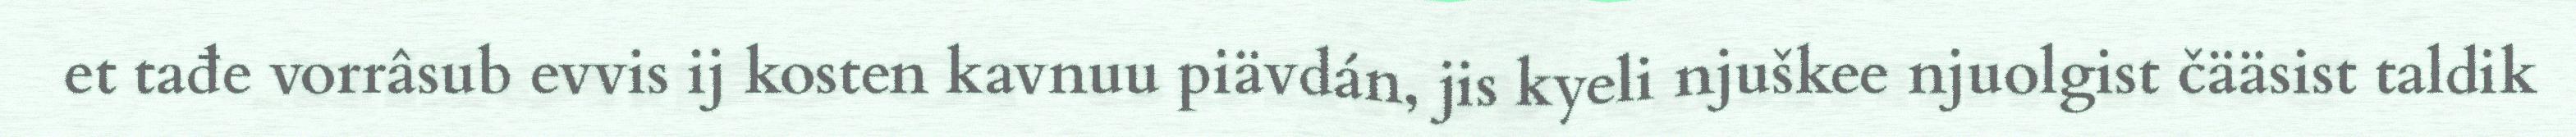
et tađe vorrâsub evvis ij kosten kavnuu piävdán, jis kyeli njuškee njuolgist čääsist taldik